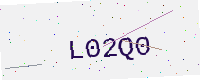
Text: L02Q0